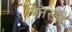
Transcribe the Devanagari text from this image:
पिनस्ती